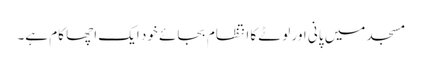
مسجد میں پانی اور لوٹے کا انتظام بجائے خود ایک اچھا کام ہے۔